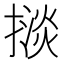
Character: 𢴗